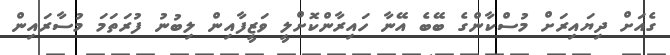
ގެއަށް ދިޔައިރަށް މުސްކާންގެ ބޭބެ އޭނާ ހައިރާންކޮށްލީ ވަޒީފާއިން ލިބުނު ފުރަތަމަ މުސާރައިން